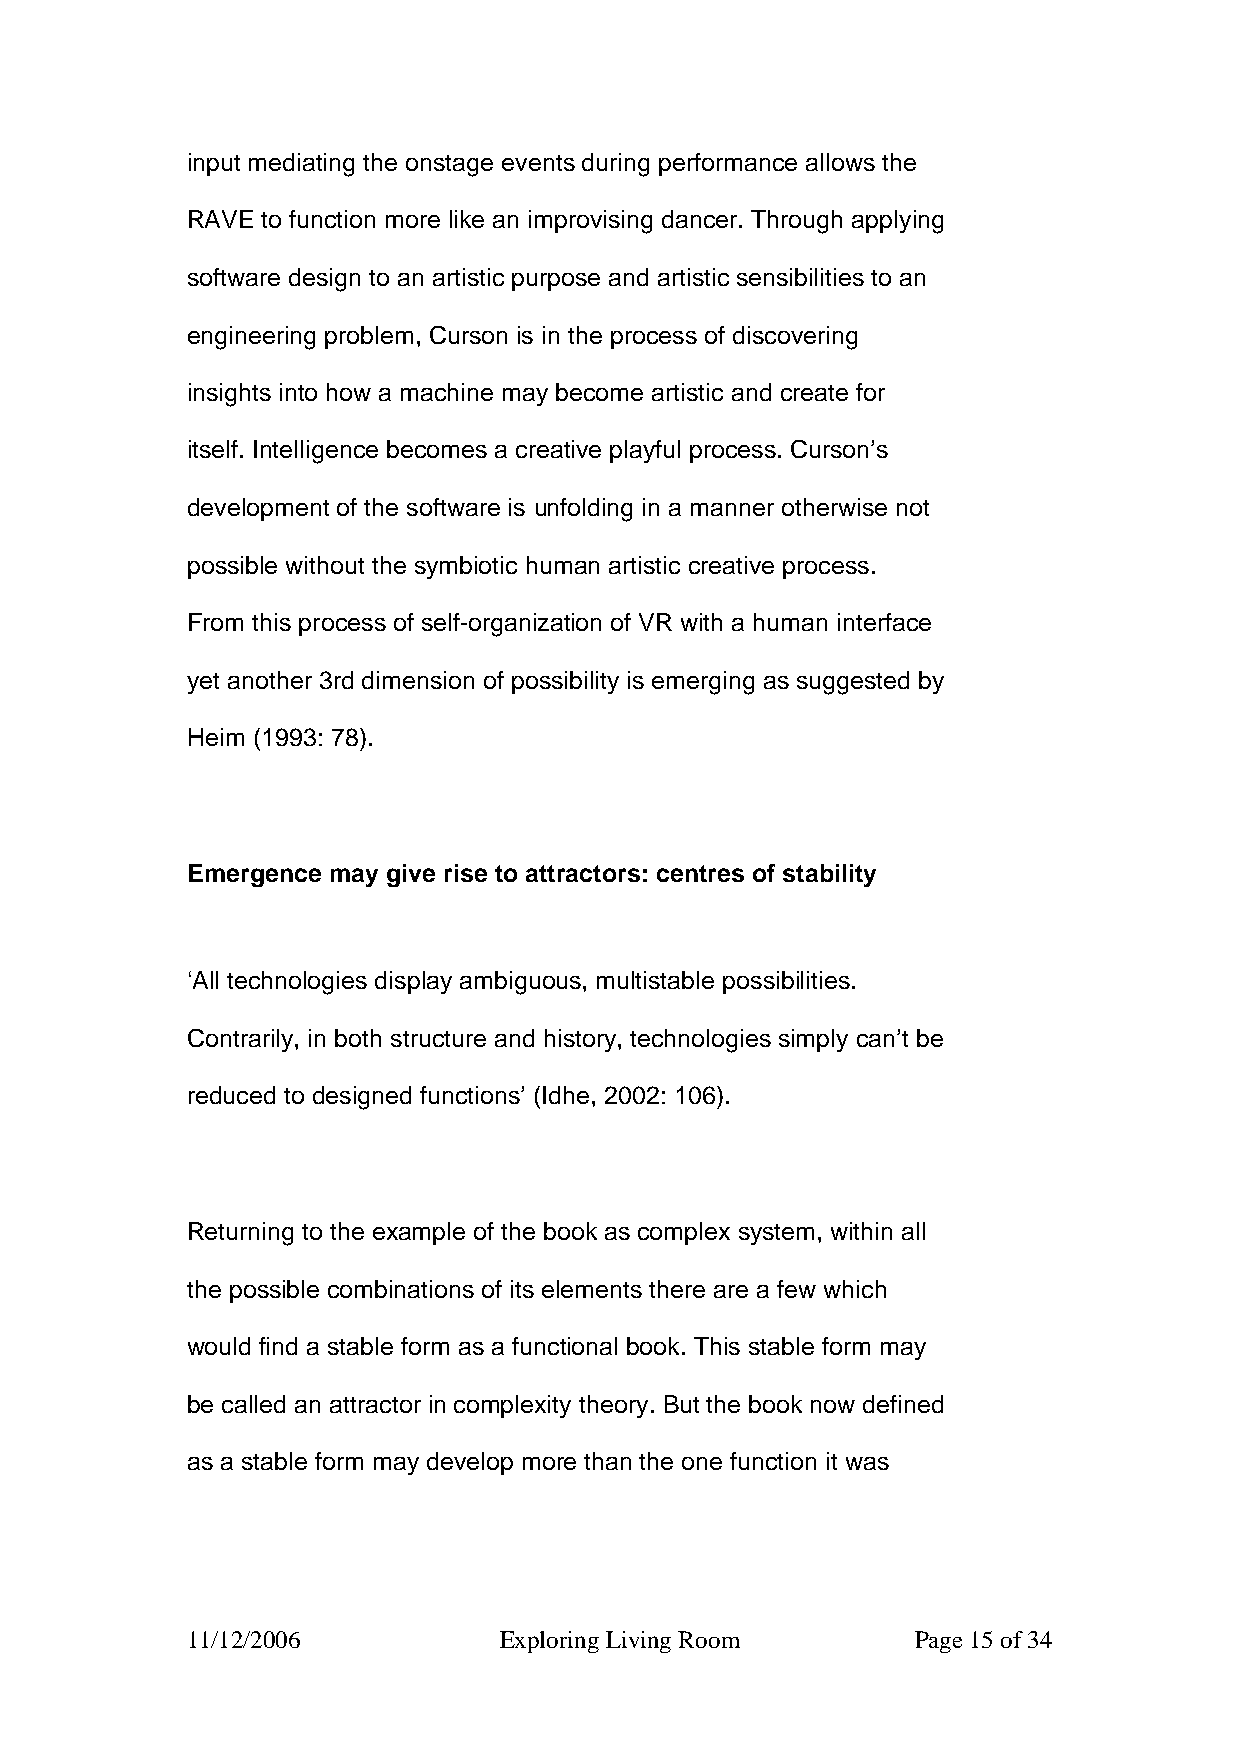
input mediating the onstage events during performance allows the
 RAVE to function more like an improvising dancer. Through applying
 software design to an artistic purpose and artistic sensibilities to an
 engineering problem, Curson is in the process of discovering
 insights into how a machine may become artistic and create for
 itself. Intelligence becomes a creative playful process. Curson’s
 development of the software is unfolding in a manner otherwise not
 possible without the symbiotic human artistic creative process.
 From this process of self-organization of VR with a human interface
 yet another 3rd dimension of possibility is emerging as suggested by
 Heim (1993: 78).
 Emergence may give rise to attractors: centres of stability
 ‘All technologies display ambiguous, multistable possibilities.
 Contrarily, in both structure and history, technologies simply can’t be
 reduced to designed functions’ (Idhe, 2002: 106).
 Returning to the example of the book as complex system, within all
 the possible combinations of its elements there are a few which
 would find a stable form as a functional book. This stable form may
 be called an attractor in complexity theory. But the book now defined
 as a stable form may develop more than the one function it was
 11/12/2006           Exploring Living Room       Page 15 of 34